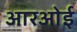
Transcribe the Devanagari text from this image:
आरओई